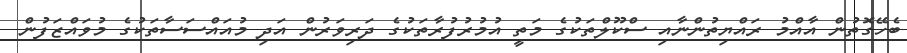
ބެހޭގޮތުން އާއްމު ރައްޔިތުންނާއި ސްކޫލްތަކުގެ މަތީ އުމުރުފުރާތަކުގެ ދަރިވަރުން އަދި މުއައްސަސާތަކުގެ މުވައްޒަފުން